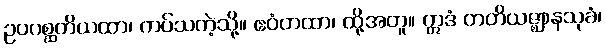
ဥပဂစ္ဆတိယထာ၊ ကပ်သကဲ့သို့။ ဧဝံတထာ၊ ထို့အတူ။ ဣဒံ တတိယဇ္ဈာနသုခံ၊